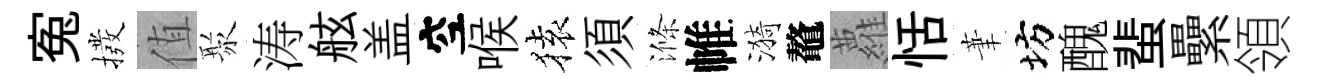
寃撥值聚涛舷盖空喉𫞤須滌帷漪鼇蘿恬茟坊醜蜚纍領